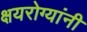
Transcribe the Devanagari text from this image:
क्षयरोग्यांनी